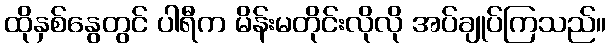
ထိုနှစ်နွေတွင် ပါရီက မိန်းမတိုင်းလိုလို အပ်ချုပ်ကြသည်။